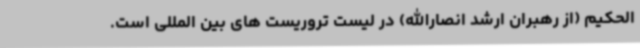
الحکیم (از رهبران ارشد انصارالله) در لیست تروریست های بین المللی است.